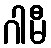
ဂါမီ